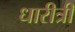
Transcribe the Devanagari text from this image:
धारीत्री